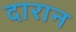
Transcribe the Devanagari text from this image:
दारान